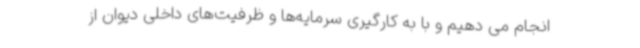
انجام می دهیم و با به کارگیری سرمایه‌ها و ظرفیت‌های داخلی دیوان از